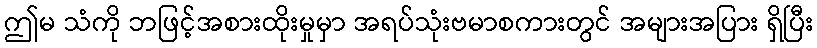
ဤမ သံကို ဘဖြင့်အစားထိုးမှုမှာ အရပ်သုံးဗမာစကားတွင် အများအပြား ရှိပြီး